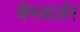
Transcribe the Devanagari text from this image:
बैमबर्जर